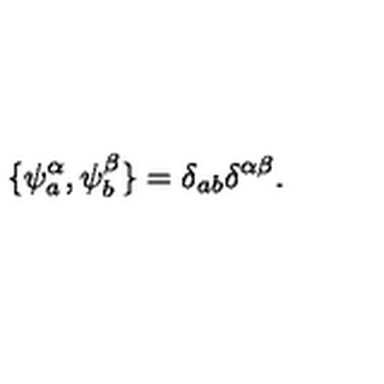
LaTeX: { \{ \psi _ { a } ^ { \alpha } , \psi _ { b } ^ { \beta } \} = \delta _ { a b } \delta ^ { \alpha \beta } . }